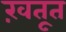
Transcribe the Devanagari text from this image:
ख़तूत